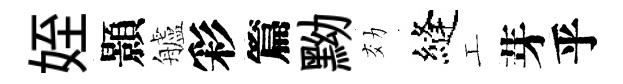
姪顥艫彩篇黝効縫工芽乎